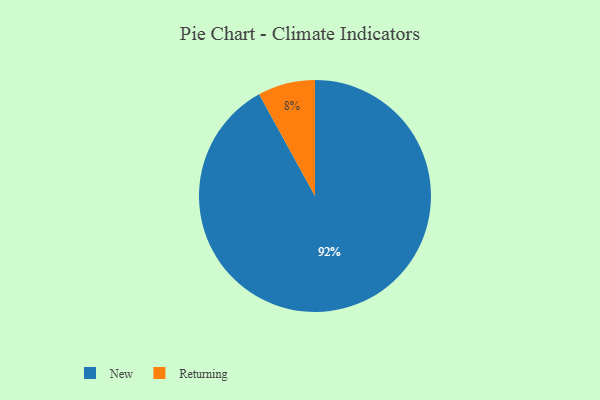
{"axis": {"x": "Category", "y": "Percentage"}, "legend": ["New", "Returning"], "data": [{"x": "Returning", "y": 8, "type": "Returning"}, {"x": "New", "y": 92, "type": "New"}]}